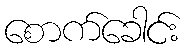
စောက်ခေါင်း